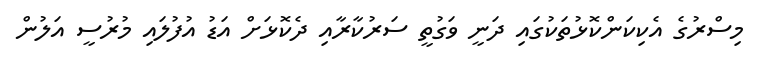
މިސްރުގެ އެކިކަންކޮޅުތަކުގައި ދަނީ ވަގުތީ ސަރުކާރާއި ދެކޮޅަށް އަޑު އުފުލައި މުރުސީ އަލުން